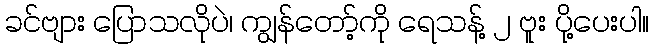
ခင်ဗျား ပြောသလိုပဲ၊ ကျွန်တော့်ကို ရေသန့် ၂ ဗူး ပို့ပေးပါ။